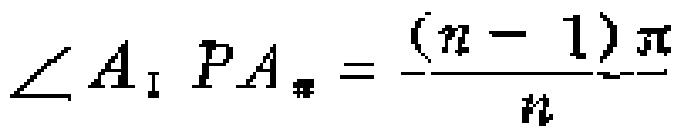
\(\angle A_{1}PA_{n}=\frac{(n - 1)\pi}{n}\)